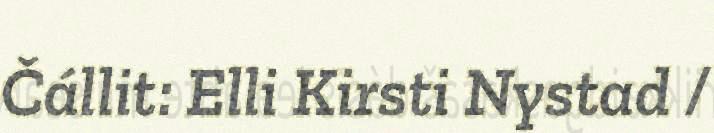
Čállit: Elli Kirsti Nystad /